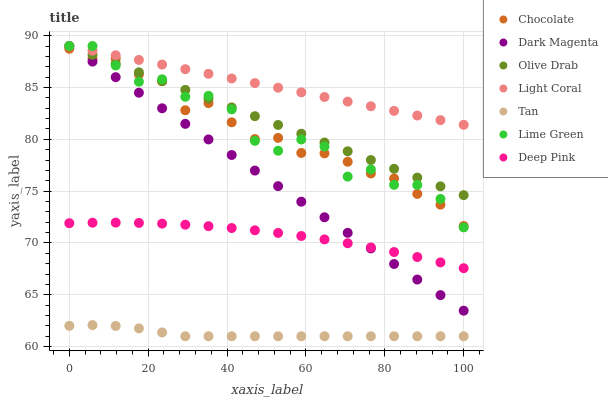
| xaxis_label | Chocolate | Dark Magenta | Olive Drab | Light Coral | Tan | Lime Green | Deep Pink |
 | --- | --- | --- | --- | --- | --- | --- | --- |
 | 0 | 88.7 | 89 | 89 | 89 | 62 | 89 | 71.9 |
 | 5.88 | 87.8 | 87.5 | 88.2 | 88.6 | 62.1 | 89 | 72 |
 | 11.8 | 87.8 | 86 | 87.3 | 88.1 | 62 | 87.1 | 72 |
 | 17.6 | 86.3 | 84.5 | 86.5 | 87.7 | 61.8 | 85.6 | 71.9 |
 | 23.5 | 85.6 | 83 | 85.6 | 87.2 | 61.4 | 85.8 | 71.9 |
 | 29.4 | 82.8 | 81.5 | 84.8 | 86.8 | 61 | 84.1 | 71.8 |
 | 35.3 | 83.5 | 80 | 83.9 | 86.3 | 61 | 84.2 | 71.6 |
 | 41.2 | 81.6 | 78.5 | 83.1 | 85.9 | 61 | 82.9 | 71.4 |
 | 47.1 | 80 | 77 | 82.2 | 85.4 | 61 | 79.9 | 71.2 |
 | 52.9 | 80.1 | 75.5 | 81.4 | 85 | 61 | 78.9 | 71 |
 | 58.8 | 78.7 | 74 | 80.5 | 84.5 | 61 | 80 | 70.7 |
 | 64.7 | 78.6 | 72.5 | 79.7 | 84.1 | 61 | 79.3 | 70.3 |
 | 70.6 | 77.8 | 71 | 78.8 | 83.6 | 61 | 76.4 | 70 |
 | 76.5 | 76.7 | 69.5 | 78 | 83.2 | 61 | 77.1 | 69.6 |
 | 82.4 | 76.2 | 68 | 77.2 | 82.7 | 61 | 75.6 | 69.1 |
 | 88.2 | 74.7 | 66.5 | 76.3 | 82.3 | 61 | 75.6 | 68.6 |
 | 94.1 | 73.7 | 65 | 75.5 | 81.8 | 61 | 74.2 | 68.1 |
 | 100 | 71.6 | 63.5 | 74.6 | 81.4 | 61 | 71.5 | 67.6 |